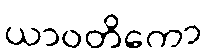
ယာဝတိကော